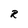
Character: R